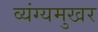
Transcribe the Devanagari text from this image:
व्यंग्यमुखर